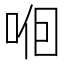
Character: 𱒲